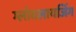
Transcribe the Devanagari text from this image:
ग्लोबलायजिंग